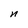
Character: n